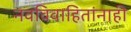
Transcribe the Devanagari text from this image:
नवविवाहितांनाही